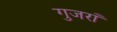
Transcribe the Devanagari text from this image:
गुजराँ